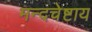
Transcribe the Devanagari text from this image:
मन्दचेष्टाय